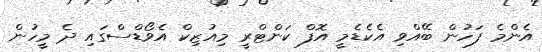
އެންމެ ފަހުން ބޭއްވި އެކެޑެމީ އޮފް ކަންޓްރީ މިއުޒިކް އެވޯޑްސްގައި ދެ މީހުން